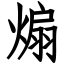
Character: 煽